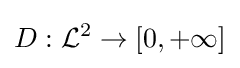
D:{\mathcal {L}}^{2}\to [0,+\infty ]